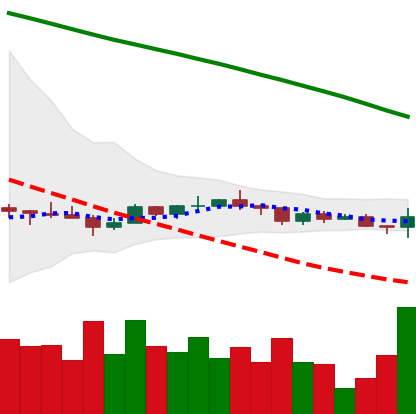
Ticker: ADA-USD
Chart end date: 2022-12-13
Forward return: -14.872%
Label: down_7plus